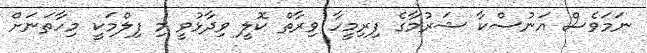
ނަމަވެސް އަނުސްކާ ޝަރުމާގެ ފިރިމީހާ ވިރާތް ކޮލީ ވިދާޅުވީ މި ފިލްމަކީ މިހާތަނަށް